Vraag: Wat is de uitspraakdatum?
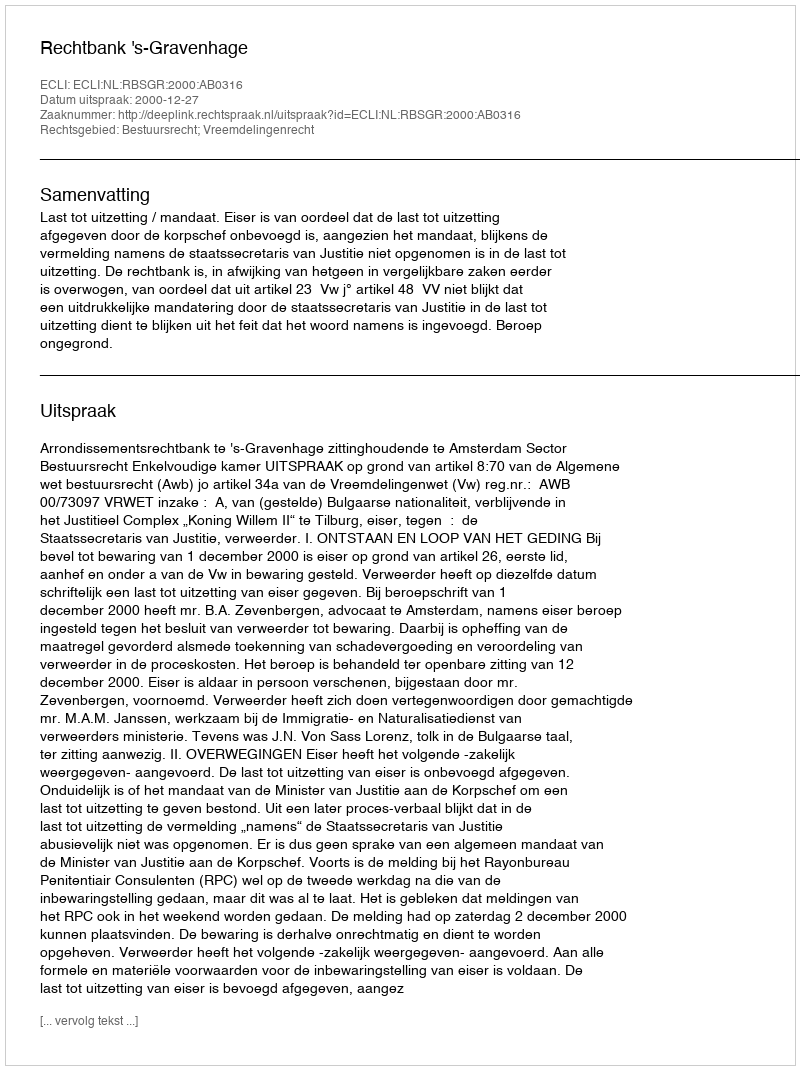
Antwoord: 2000-12-27